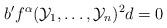
LaTeX: \begin{align*} b^{\prime}f^{\alpha}(\mathcal{Y}_1,\ldots, \mathcal{Y}_n)^2d=0 \end{align*}